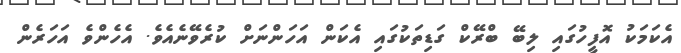
އެކަމަކު އޮފީހުގައި ލިބޭ ބްރޭކް ގަޑިތަކުގައި އެކަން އަހަންނަށް ކުރެވޭނެއެވެ. އެހެންވެ އަހަރެން